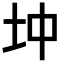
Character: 𡉥